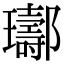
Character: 𨟢